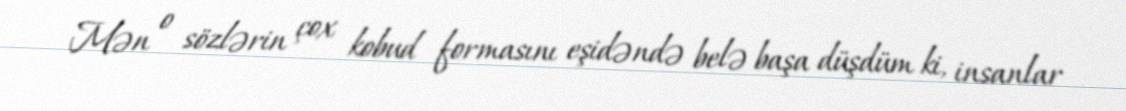
Mən o sözlərin çox kobud formasını eşidəndə belə başa düşdüm ki, insanlar